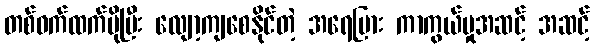
တစ်ဝက်ထက်ပိုပြီး လျော့ကျစေနိုင်တဲ့ အရေပြား ကာကွယ်မှုအဆင့် အဆင့်